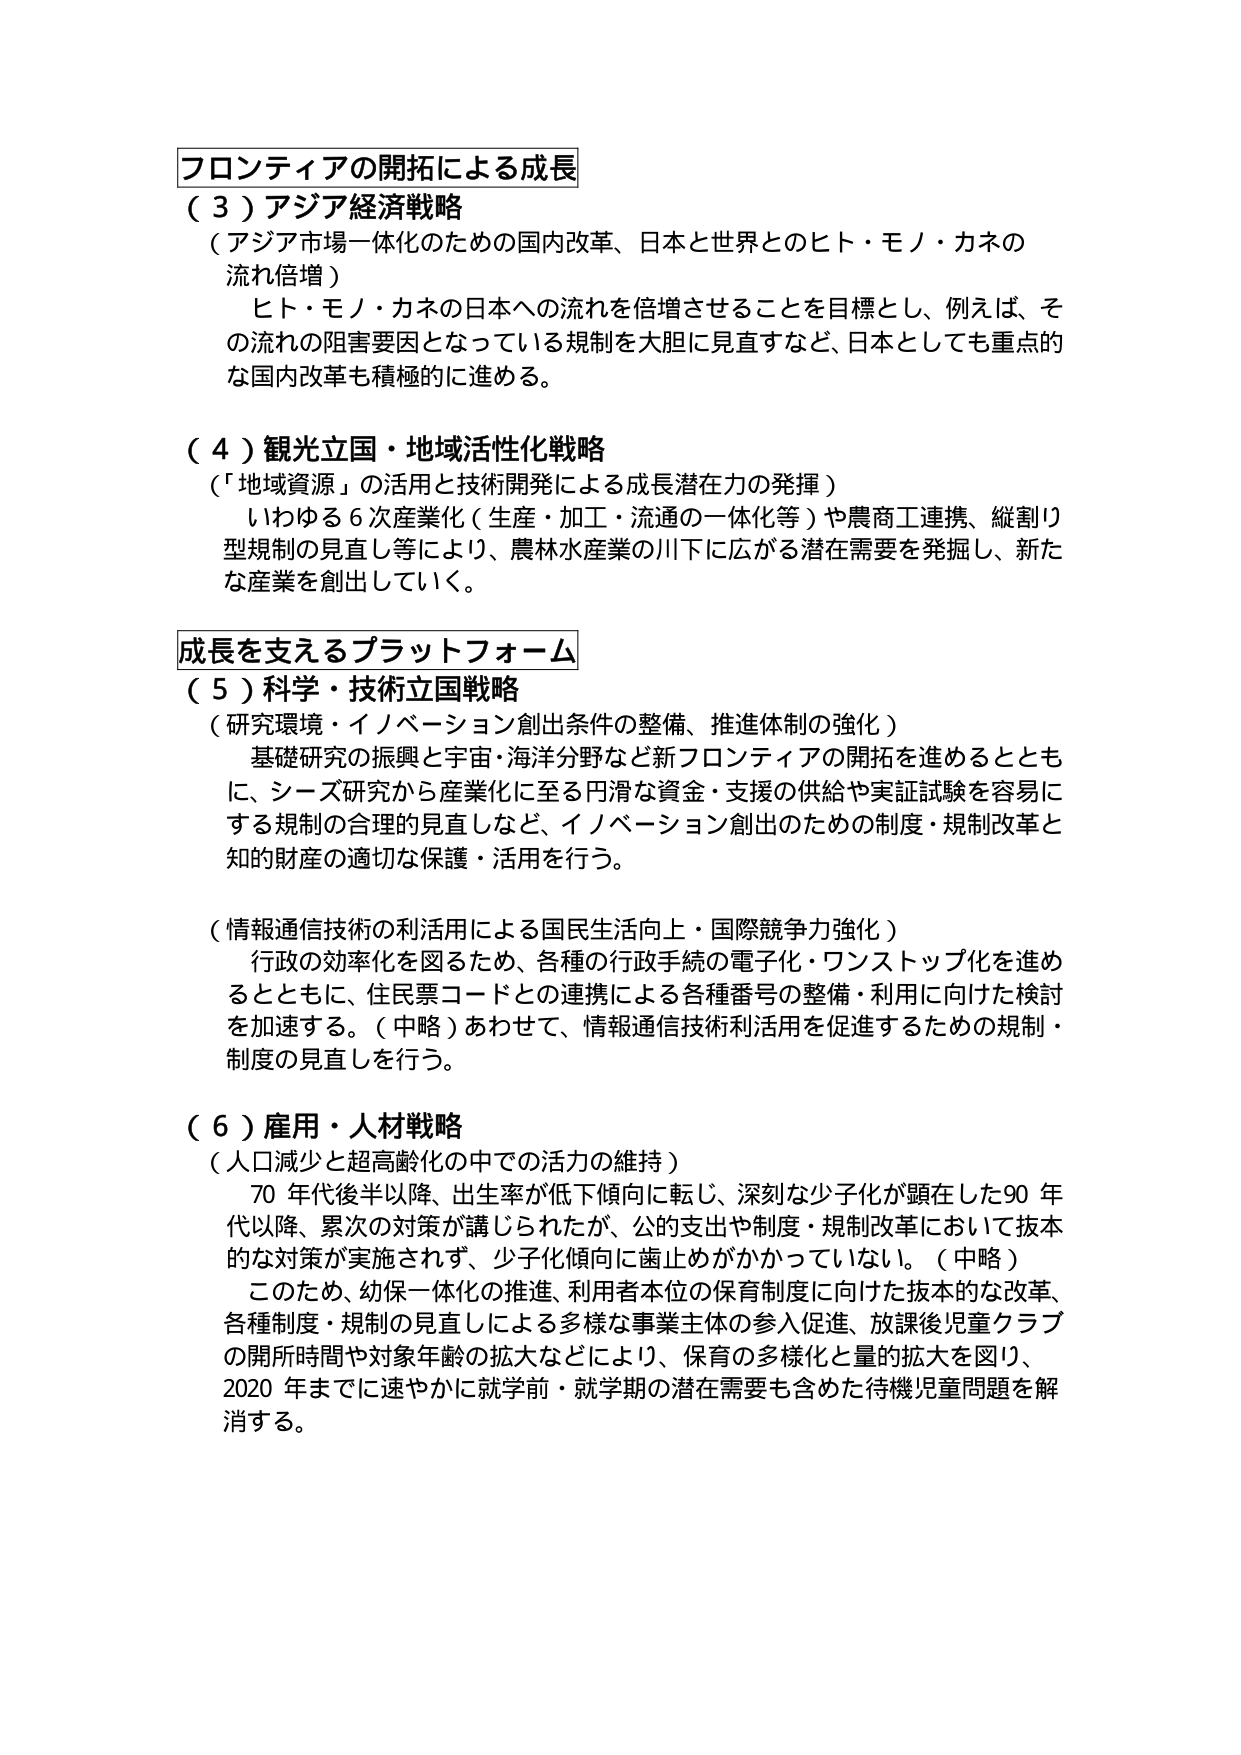
フロンティアの開拓による成長
（３）アジア経済戦略
（アジア市場一体化のための国内改革、日本と世界とのヒト・モノ・カネの
流れ倍増）
　ヒト・モノ・カネの日本への流れを倍増させることを目標とし、例えば、そ
の流れの阻害要因となっている規制を大胆に見直すなど、日本としても重点的
な国内改革も積極的に進める。

（４）観光立国・地域活性化戦略
（「地域資源」の活用と技術開発による成長潜在力の発揮）
　いわゆる６次産業化（生産・加工・流通の一体化等）や農商工連携、縦割り
型規制の見直し等により、農林水産業の川下に広がる潜在需要を発掘し、新た
な産業を創出していく。

成長を支えるプラットフォーム
（５）科学・技術立国戦略
（研究環境・イノベーション創出条件の整備、推進体制の強化）
　基礎研究の振興と宇宙・海洋分野など新フロンティアの開拓を進めるととも
に、シーズ研究から産業化に至る円滑な資金・支援の供給や実証試験を容易に
する規制の合理的見直しなど、イノベーション創出のための制度・規制改革と
知的財産の適切な保護・活用を行う。

（情報通信技術の利活用による国民生活向上・国際競争力強化）
　行政の効率化を図るため、各種の行政手続の電子化・ワンストップ化を進め
るとともに、住民票コードとの連携による各種番号の整備・利用に向けた検討
を加速する。（中略）あわせて、情報通信技術利活用を促進するための規制・
制度の見直しを行う。

（６）雇用・人材戦略
（人口減少と超高齢化の中での活力の維持）
　70年代後半以降、出生率が低下傾向に転じ、深刻な少子化が顕在した90年
代以降、累次の対策が講じられたが、公的支出や制度・規制改革において抜本
的な対策が実施されず、少子化傾向に歯止めがかかっていない。（中略）
　このため、幼保一体化の推進、利用者本位の保育制度に向けた抜本的な改革、
各種制度・規制の見直しによる多様な事業主体の参入促進、放課後児童クラブ
の開所時間や対象年齢の拡大などにより、保育の多様化と量的拡大を図り、
2020年までに速やかに就学前・就学期の潜在需要も含めた待機児童問題を解
消する。